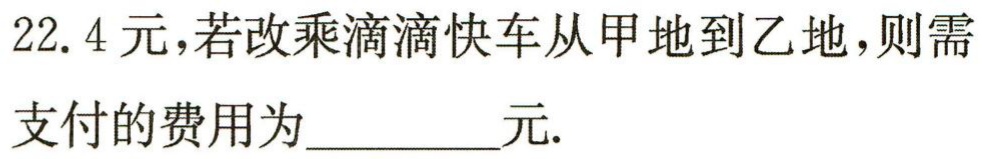
22.4元,若改乘滴滴快车从甲地到乙地,则需支付的费用为_________元.